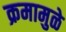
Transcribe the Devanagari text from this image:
क्रमामुळे